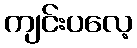
ကျင်းပလေ့